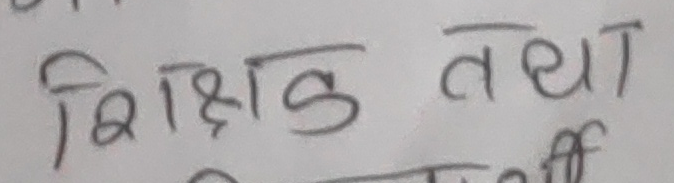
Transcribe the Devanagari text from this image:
शिक्षक तथा